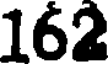
162